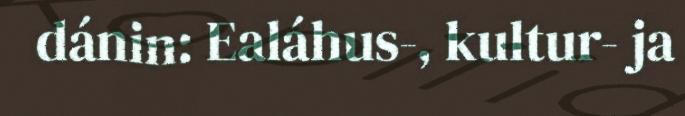
dánin: Ealáhus-, kultur- ja